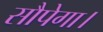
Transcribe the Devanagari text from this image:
सौपेगा।